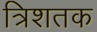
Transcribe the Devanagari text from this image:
त्रिशतक